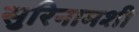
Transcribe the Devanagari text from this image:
सुरिनामशी